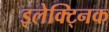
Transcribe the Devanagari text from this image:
इलेक्ट्निक